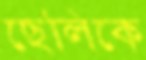
ছেলিকে